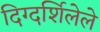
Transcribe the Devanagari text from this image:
दिग्दर्शिलेले